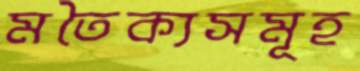
মতৈক্যসমূহ